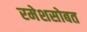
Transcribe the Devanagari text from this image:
रमेशसोबत